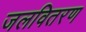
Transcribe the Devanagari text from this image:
जलवितरण